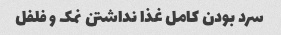
سرد بودن کامل غذا نداشتن نمک و فلفل